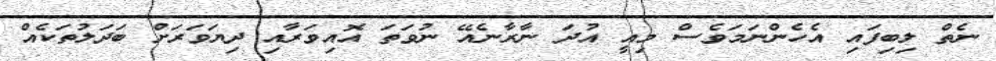
ނެތް ލިބިފައި އެހެންނަމަވެސް މިއީ އުދަ ނާރާނެއޭ ނުވަތަ އޮއިވަރާއި ދިޔަވަރަށް ބަދަލުތަކެއް